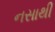
નસાથી